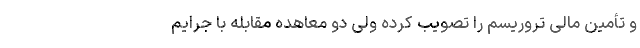
و تأمین مالی تروریسم را تصویب کرده ولی دو معاهده مقابله با جرایم